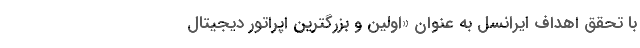
با تحقق اهداف ایرانسل به عنوان «اولین و بزرگترین اپراتور دیجیتال